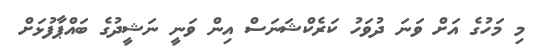
މި މަހުގެ އަށް ވަނަ ދުވަހު ކަރެކްޝަނަސް އިން ވަނީ ނަޝީދުގެ ބައްޕާފުޅަށް